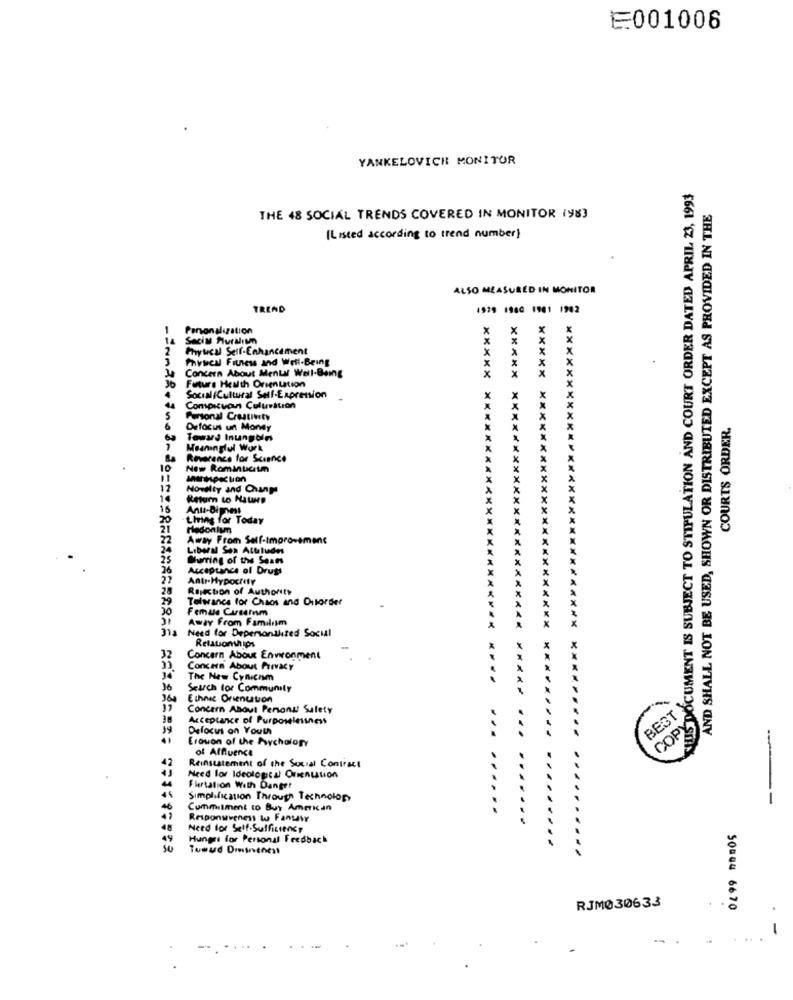
E001006
YANKELOVICH MONITUR
HUIS DOCUMENT IS SUBJECT TO STIPULATION AND COURT ORDER DATED APRIL 23, 1993
AND SHALL NOT BE USED, SHOWN OR DISTRIBUTED EXCEPT AS PROVIDED IN THE
THE 48 SOCIAL TRENDS COVERED IN MONITOR 1983
(Listed according to trend number)
ALSO MEASURED IN MONITOR
TREND
1979 1960 1901 1982
*********************** **** X
*********************** *****
*********************
Personalization
14
Saciu Pluralism
x
Phyucal Self-Enhancement
X
Physeal Fiuless and Well-Being
Je Concern About Mental Well-Being
x
Future Health Orientation
*************
Social /Cultural Self-Expression
Compicuaun Culusition
Personal Creativity
COURTS ORDER.
Defocus un Money
Toward Inungbin
Meaninglul Work
Reverence for Science
10
Now Romanticism
Novelty and Chup
14
Return to Nature
15
Anu-Dimness
Living for Today
redonlymn
Away From Self-improvement
Liberal Sex Atuludes
*******
25
Surring of the Seams
26
Acceptance of Drugs
Antr-Hypocrity
Rejection of Authority
29
Teleance for Chaos and Outorder
20
Femus Cirsemm
Away From Familism
31a
Need for Depersonalited Socil
Relationships
32
Concern About Environment
Concern About Privacy
The New Cynicom
Search for Community
360
Ethnic Orienuton
Concern About Personal Salety
BEST
38
Acceptance of Purposelessness
COPY
Defocus on Youth
Erovon of the Pychalogy
of Affluence
Reinstatement of the Social Contract
Need lor Ideological Orientation
Flirtation With Danger
Simplification Through Technology
Commitment to Buy American
Responsveness tu Fanwir
48
Need for Self.Sufficiency
0499 non05
Hungri for Personal Fredbach
Tuwud Dmurenest
RJM030633
-